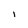
Character: 1